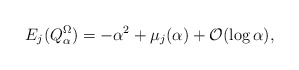
\begin{align*}E_{j}(Q^\Omega_\alpha)=-\alpha^2+\mu_j(\alpha)+{\mathcal O}(\log \alpha),\end{align*}